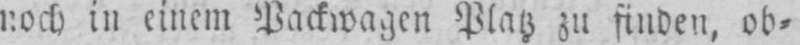
noch in einem Packwagen Platz zu finden, ob⸗